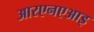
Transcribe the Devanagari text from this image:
आरएनएआइ